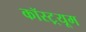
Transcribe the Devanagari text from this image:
कॉस्ट़्यूम